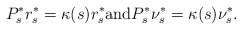
\begin{align*}P_s^* r_{s}^* = \kappa(s) r_{s}^* \mbox{and} P_s^* \nu_{s}^* = \kappa(s) \nu_{s}^*. \end{align*}